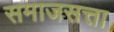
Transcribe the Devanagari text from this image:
समाजसत्ता